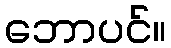
ဘောပင်။